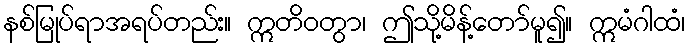
နစ်မြုပ်ရာအရပ်တည်း။ ဣတိဝတွာ၊ ဤသို့မိန့်တော်မူ၍။ ဣမံဂါထံ၊